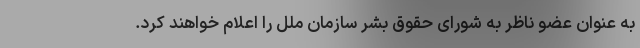
به عنوان عضو ناظر به شورای حقوق بشر سازمان ملل را اعلام خواهند کرد.